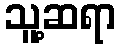
သူ့ဆရာ